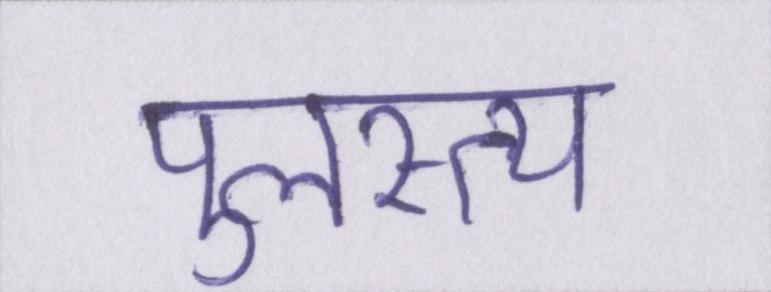
पुलस्त्य